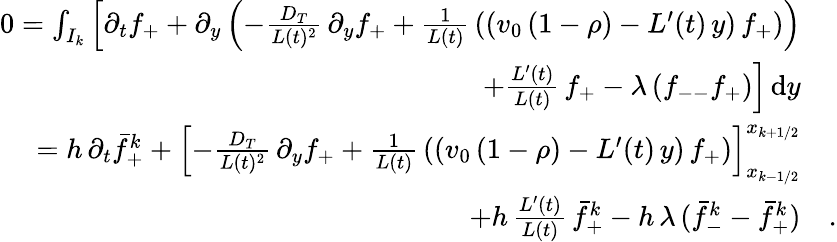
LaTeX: \begin{array}{rl}{0=\int_{I_{k}}\Big[\partial_{t}f_{+}+\partial_{y}\left(-\frac{D_{T}}{L(t)^{2}}\, \partial_{y}f_{+}+\frac 1{L(t)}\, \left((v_{0}\, (1-\rho)-L^{\prime}(t)\, y)\, f_{+}\right)\right)}&{}\\ {+\frac{L^{\prime}(t)}{L(t)}\, f_{+}-\lambda\, (f_{--}f_{+})\Big]\, \textup{d}y}&{}\\ {=h\, \partial_{t}\bar{f}_{+}^{k}+\left[-\frac{D_{T}}{L(t)^{2}}\, \partial_{y}f_{+}+\frac 1{L(t)}\, \left((v_{0}\, (1-\rho)-L^{\prime}(t)\, y)\, f_{+}\right)\right]_{x_{k-1/2}}^{x_{k+1/2}}}&{}\\ {+h\, \frac{L^{\prime}(t)}{L(t)}\, \bar{f}_{+}^{k}-h\, \lambda\, (\bar{f}_{-}^{k}-\bar{f}_{+}^{k})}&{.}\end{array}